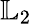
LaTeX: {\mathbb L}_{2}